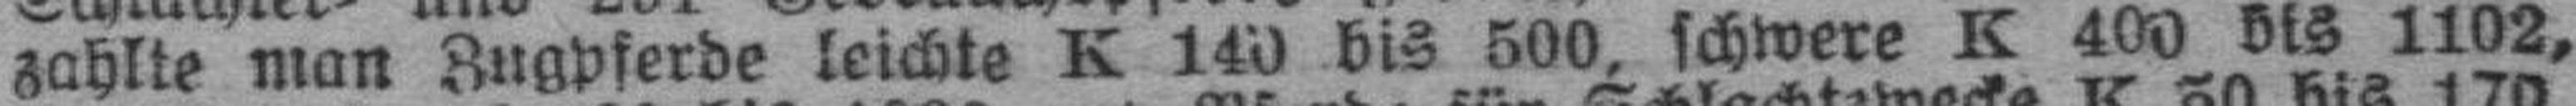
zahlte man Zugpferde leichte K 140 bis 500, schwere K 400 bis 1102,